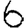
Digit: 6